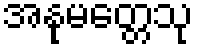
အနုမတ္တေသု